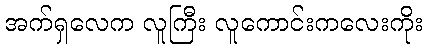
အက်ရှလေက လူကြီး လူကောင်းကလေးကိုး